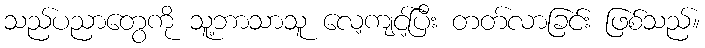
သည်ပညာတွေကို သူ့ဘာသာသူ လေ့ကျင့်ပြီး တတ်လာခြင်း ဖြစ်သည်။